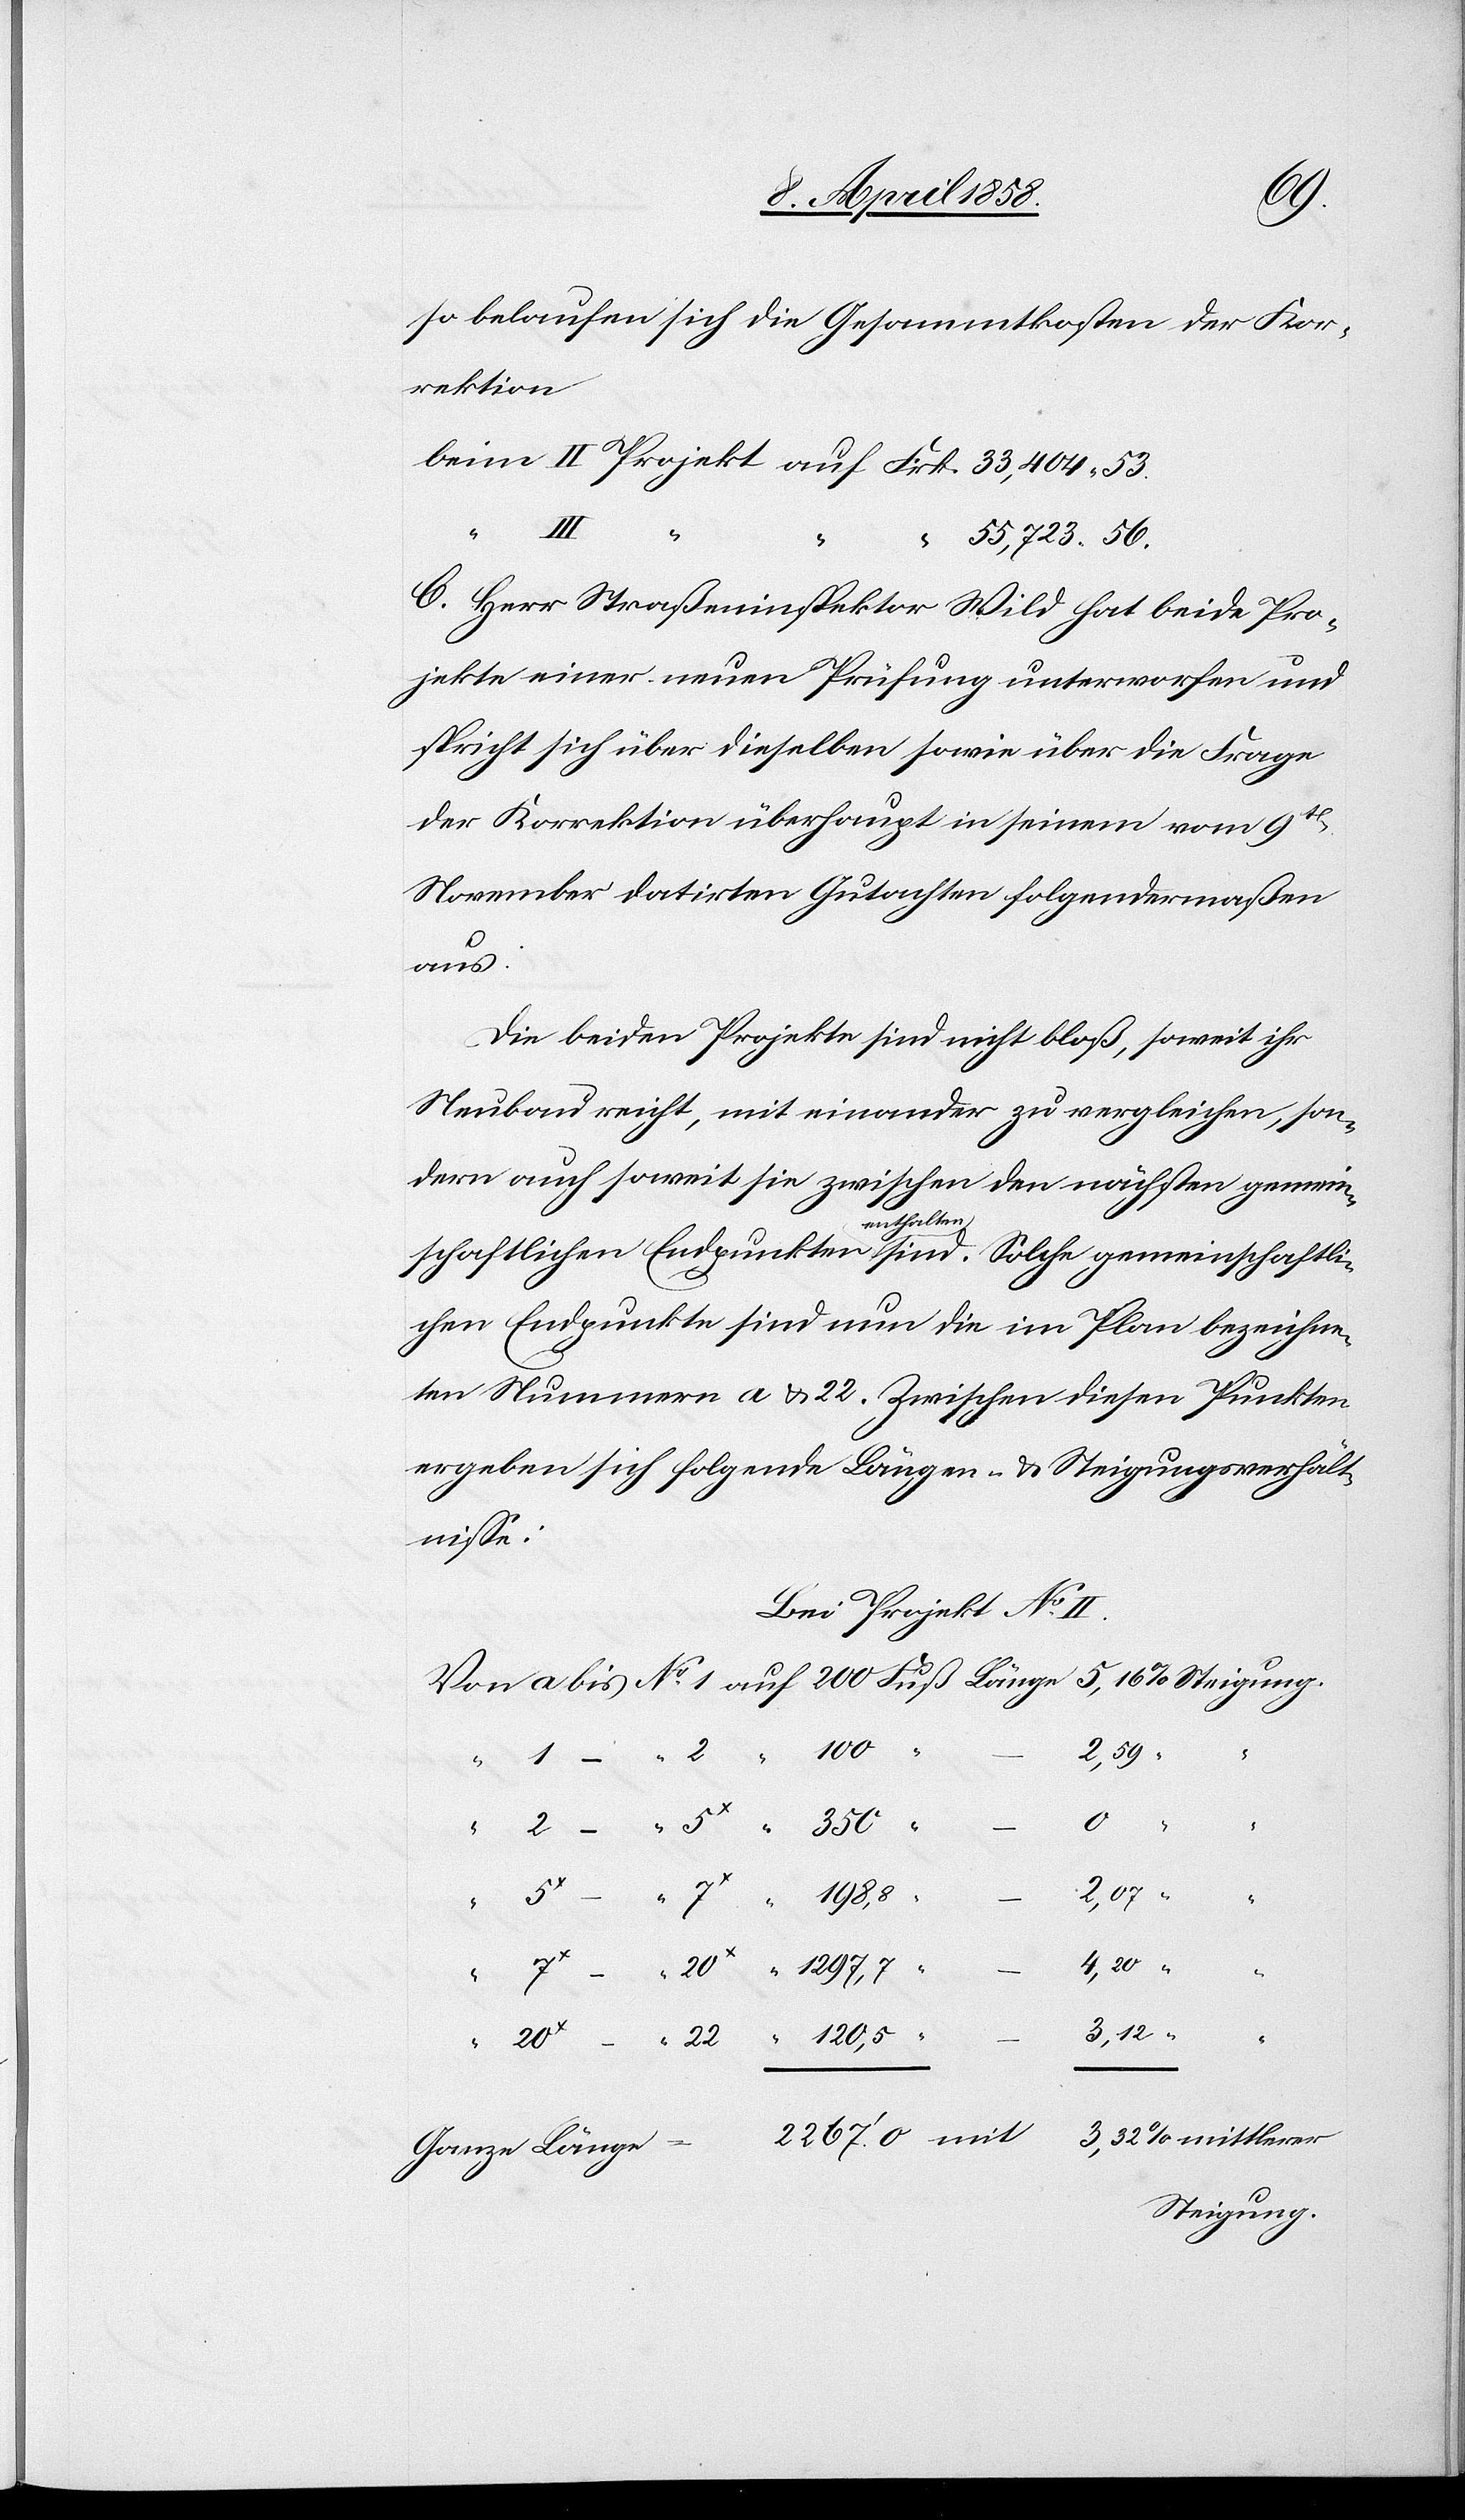
so belaufen sich die Gesammtkosten der Kor¬
rektion
“
“
3,32
C. Herr Straßeninspektor Wild hat beide Pro¬
jekte einer neuen Prüfung unterworfen und
spricht sich über dieselben sowie über die Frage
der Korrektion überhaupt in seinem vom 9t[en]
November datirten Gutachten folgendermaßen
aus:
Die beiden Projekte sind nicht bloß, soweit ihr
Neubau reicht, mit einander zu vergleichen, son¬
dern auch soweit sie zwischen den nächsten gemein¬
schaftlichen Endpunkten enthalten sind. Solche gemeinschaftli¬
chen Endpunkte sind nun die im Plan bezeichne¬
ten Nummern a & 22. Zwischen diesen Punkten
ergeben sich folgende Längen- & Steigungsverhält¬
mittlerer
Bei Projekt No II.
2,07
–
“
Steigung.